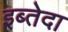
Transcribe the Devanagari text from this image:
इब्तेदा